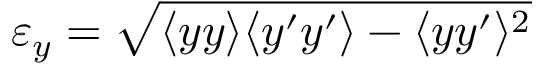
\varepsilon _ { y } = \sqrt { \langle { y y } \rangle \langle { y ^ { \prime } y ^ { \prime } } \rangle - \langle { y y ^ { \prime } } \rangle ^ { 2 } }